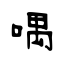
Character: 喁